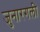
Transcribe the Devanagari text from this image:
जुनारगली